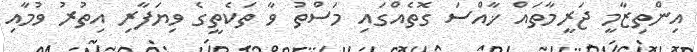
އިންތިޒާމީ ޖަރީމާތައް ޚާއްސަ ގޮތެއްގައި މަސްތު ވާ ތަކެތީގެ ވިޔަފާރި އިތުރު ވުމާއި